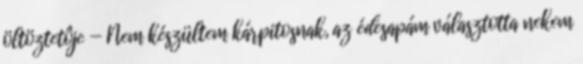
öltöztetôje — Nem készültem kárpitosnak, az édesapám választotta nekem